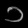
Digit: ၁